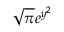
\sqrt { \pi } e ^ { y ^ { 2 } }